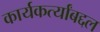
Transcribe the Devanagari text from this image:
कार्यकर्त्यांबद्दल